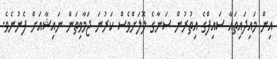
އިން މައިދައިތައާ ސައިފްގެ އިތުރުން ސަނާގެ ލޮލަށްވެސް ކަރުނަ ޖަމާވިތަން ނައިޝާއަށް ފެނުނެވެ.